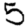
Digit: 5